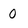
Character: 0